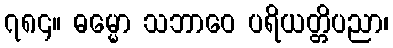
၇၈၄။ ဓမ္မော သဘာဝေ ပရိယတ္တိပညာ၊